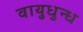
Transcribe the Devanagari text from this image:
वायुधुन्ध